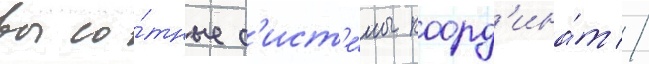
высо́тные с'ист'е́мы коорд'ина́т //